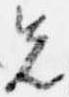
先